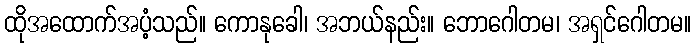
ထိုအထောက်အပံ့သည်။ ကောနုခေါ၊ အဘယ်နည်း။ ဘောဂေါတမ၊ အရှင်ဂေါတမ။